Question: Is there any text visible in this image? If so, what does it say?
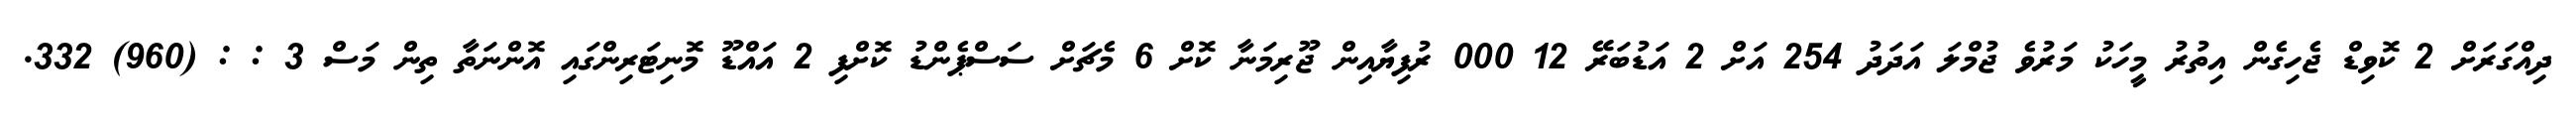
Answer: ދިއްގަރަށް 2 ކޮވިޑް ޖެހިގެން އިތުރު މީހަކު މަރުވެ ޖުމްލަ އަދަދު 254 އަށް 2 އަޑުބަރޭ 12 000 ރުފިޔާއިން ޖޫރިމަނާ ކޮށް 6 މެޗަށް ސަސްޕެންޑު ކޮށްފި 2 އައްޑޫ މޮނިޓަރިންގައި އޮންނަތާ ތިން މަސް 3 : : (960) 332.